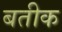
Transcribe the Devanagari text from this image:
बतीक